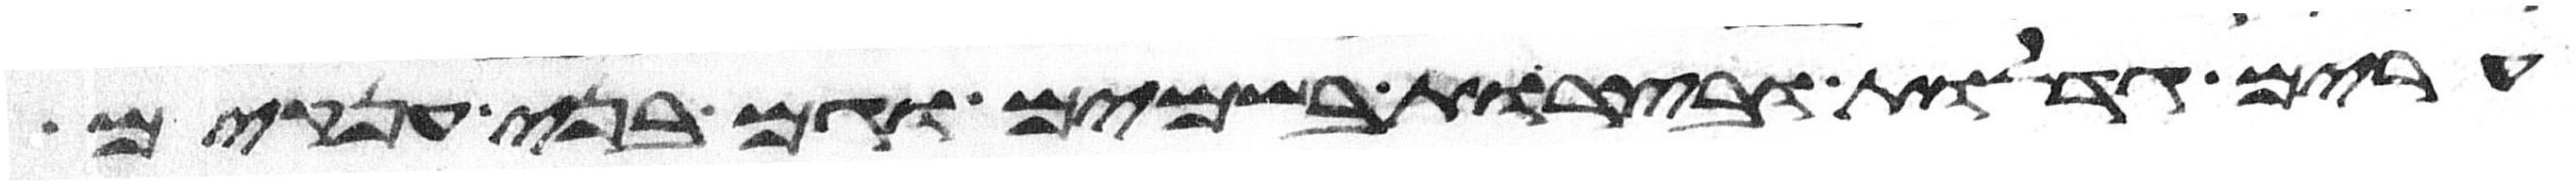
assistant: ערים גדלות ובצרות בשמים וגם בני ענקים